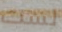
لست